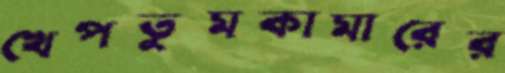
খেপতুমকামারের